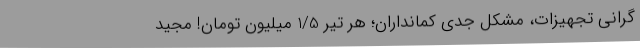
گرانی تجهیزات، مشکل جدی کمانداران؛ هر تیر 1/5 میلیون تومان! مجید